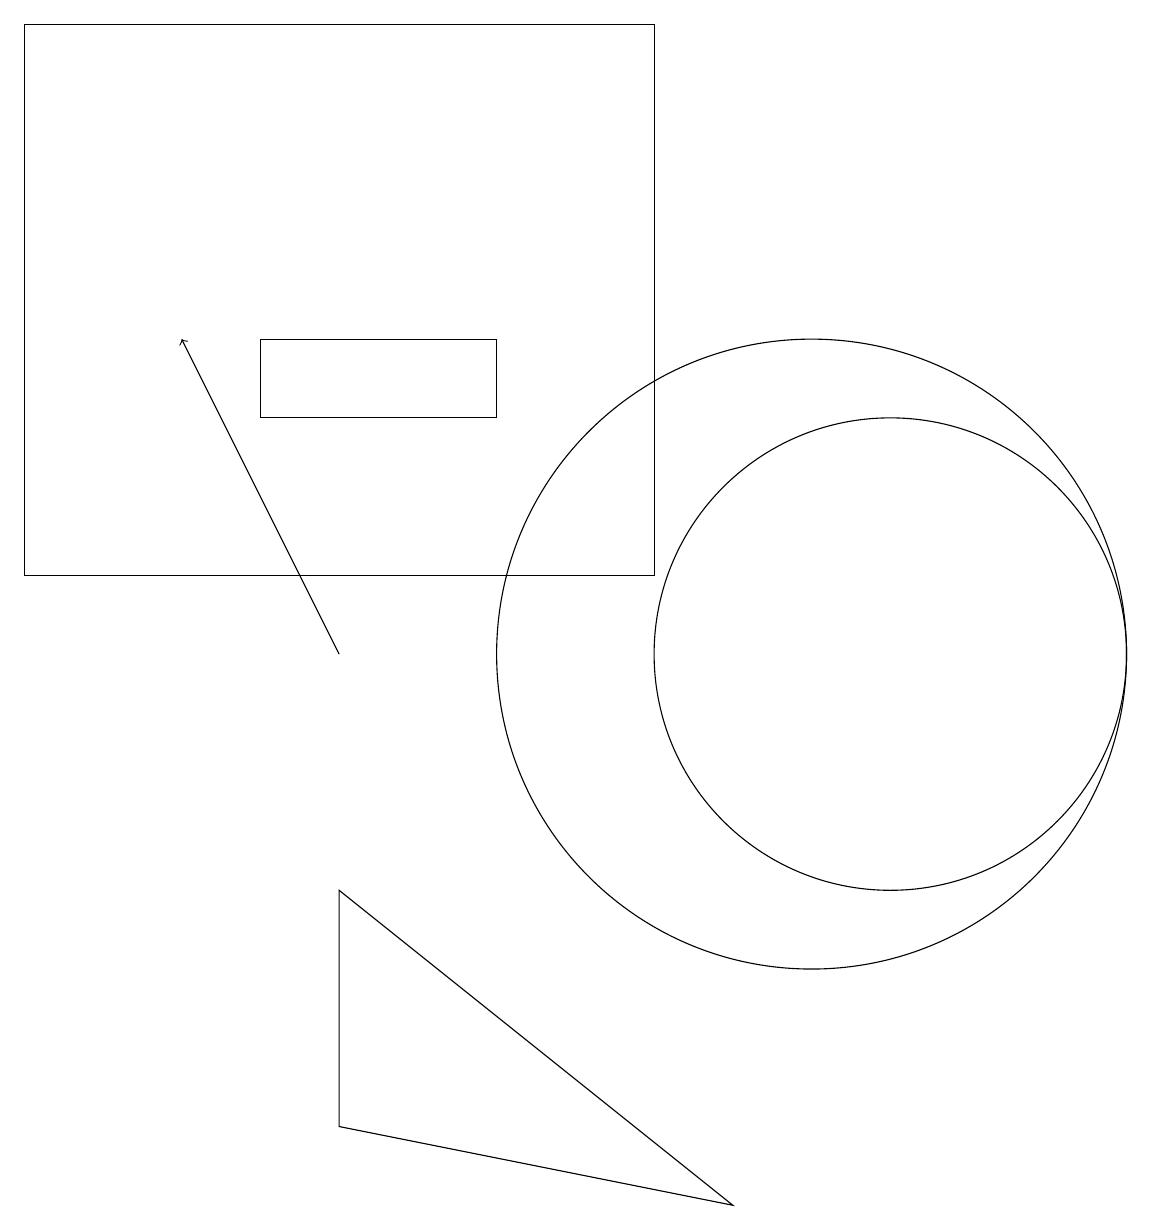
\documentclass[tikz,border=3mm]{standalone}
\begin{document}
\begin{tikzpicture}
\draw (4,4) -- (9,3) -- (4,7) -- cycle;
\draw (3,14) rectangle (6,13);
\draw (11,10) circle (3);
\draw[->] (4,10) -- (2,14);
\draw (10,10) circle (4);
\draw (0,18) rectangle (8,11);
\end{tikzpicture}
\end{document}